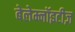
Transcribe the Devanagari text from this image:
बेलेम्नॉइटीज़